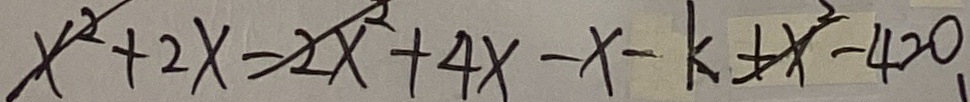
x ^ { 2 } + 2 x - 2 x ^ { 2 } + 4 x - x - k + x ^ { 2 } - 4 = 0 、